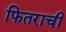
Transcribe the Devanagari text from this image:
फितराची